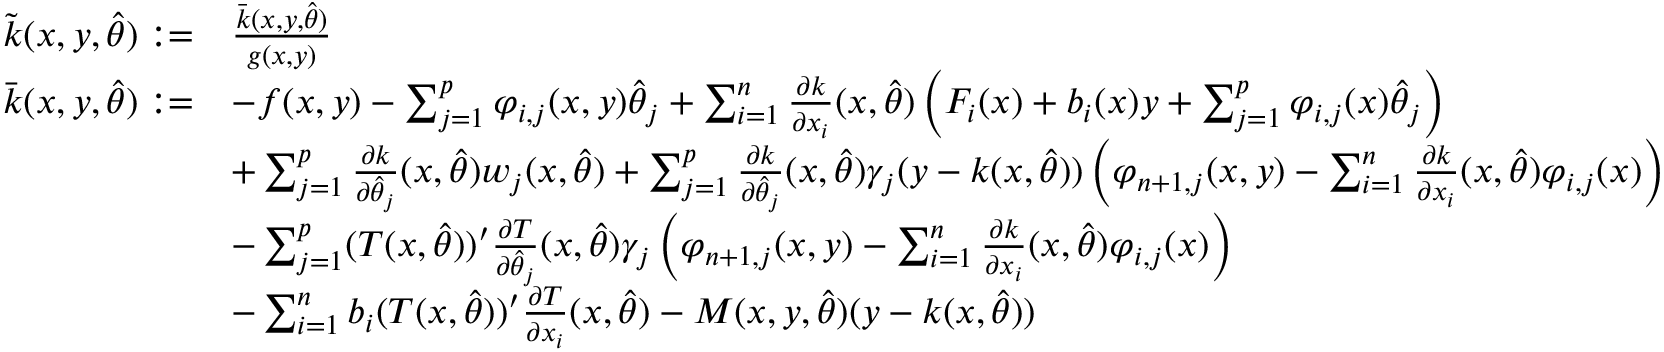
\begin{array} { r l } { \tilde { k } ( x , y , \hat { \theta } ) : = } & { \frac { \bar { k } ( x , y , \hat { \theta } ) } { g ( x , y ) } } \\ { \bar { k } ( x , y , \hat { \theta } ) : = } & { - f ( x , y ) - \sum _ { j = 1 } ^ { p } \varphi _ { i , j } ( x , y ) \hat { \theta } _ { j } + \sum _ { i = 1 } ^ { n } \frac { \partial k } { \partial x _ { i } } ( x , \hat { \theta } ) \left( F _ { i } ( x ) + b _ { i } ( x ) y + \sum _ { j = 1 } ^ { p } \varphi _ { i , j } ( x ) \hat { \theta } _ { j } \right) } \\ & { + \sum _ { j = 1 } ^ { p } \frac { \partial k } { \partial \hat { \theta } _ { j } } ( x , \hat { \theta } ) w _ { j } ( x , \hat { \theta } ) + \sum _ { j = 1 } ^ { p } \frac { \partial k } { \partial \hat { \theta } _ { j } } ( x , \hat { \theta } ) \gamma _ { j } ( y - k ( x , \hat { \theta } ) ) \left( \varphi _ { n + 1 , j } ( x , y ) - \sum _ { i = 1 } ^ { n } \frac { \partial k } { \partial x _ { i } } ( x , \hat { \theta } ) \varphi _ { i , j } ( x ) \right) } \\ & { - \sum _ { j = 1 } ^ { p } ( T ( x , \hat { \theta } ) ) ^ { \prime } \frac { \partial T } { \partial \hat { \theta } _ { j } } ( x , \hat { \theta } ) \gamma _ { j } \left( \varphi _ { n + 1 , j } ( x , y ) - \sum _ { i = 1 } ^ { n } \frac { \partial k } { \partial x _ { i } } ( x , \hat { \theta } ) \varphi _ { i , j } ( x ) \right) } \\ & { - \sum _ { i = 1 } ^ { n } b _ { i } ( T ( x , \hat { \theta } ) ) ^ { \prime } \frac { \partial T } { \partial x _ { i } } ( x , \hat { \theta } ) - M ( x , y , \hat { \theta } ) ( y - k ( x , \hat { \theta } ) ) } \end{array}